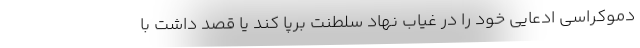
دموکراسی ادعایی خود را در غیاب نهاد سلطنت برپا کند یا قصد داشت با